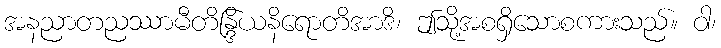
အနညာတညဿာမီတိန္ဒြိယနိရောတိအာဒိ၊ ဤသို့အစရှိသောစကားသည်။ ဝါ၊